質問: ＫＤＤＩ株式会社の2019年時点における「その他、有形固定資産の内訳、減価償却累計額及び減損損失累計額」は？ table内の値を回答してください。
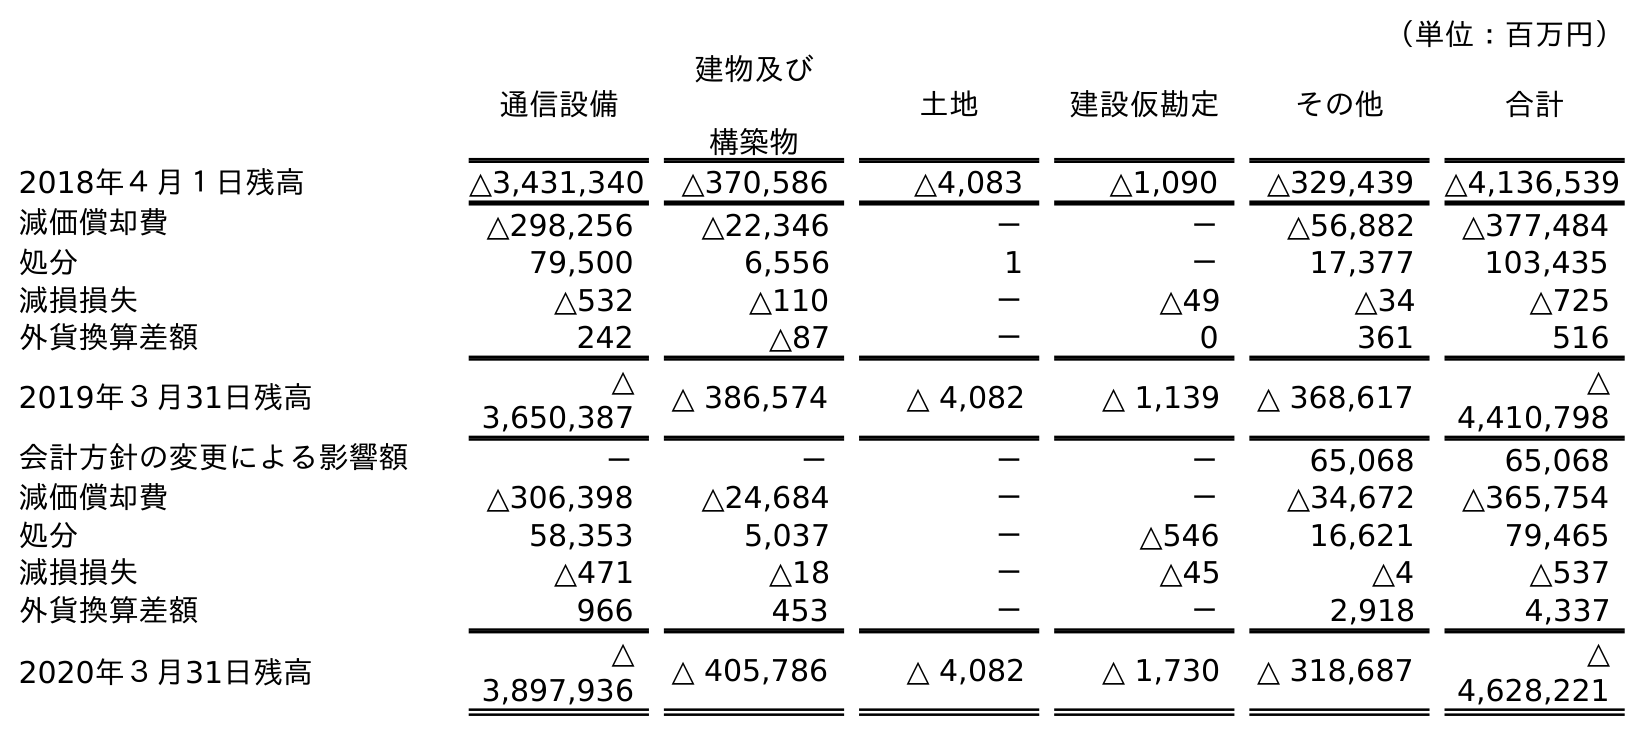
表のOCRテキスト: （単位：百万円） 通信設備 建物及び 構築物 土地 建設仮勘定 その他 合計 2018年４月１日残高 △3,431,340 △370,586 △4,083 △1,090 △329,439 △4,136,539 減価償却費 △298,256 △22,346 － － △56,882 △377,484 処分 79,500 6,556 1 － 17,377 103,435 減損損失 △532 △110 － △49 △34 △725 外貨換算差額 242 △87 － 0 361 516 2019年３月31日残高 △ 3,650,387 △ 386,574 △ 4,082 △ 1,139 △ 368,617 △ 4,410,798 会計方針の変更による影響額 － － － － 65,068 65,068 減価償却費 △306,398 △24,684 － － △34,672 △365,754 処分 58,353 5,037 － △546 16,621 79,465 減損損失 △471 △18 － △45 △4 △537 外貨換算差額 966 453 － － 2,918 4,337 2020年３月31日残高 △ 3,897,936 △ 405,786 △ 4,082 △ 1,730 △ 318,687 △ 4,628,221
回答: △368,617